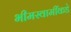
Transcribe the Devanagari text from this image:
भीमस्वामींकडे